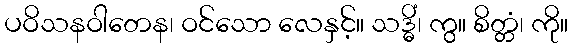
ပဝိသနဝါတေန၊ ဝင်သော လေနှင့်။ သဒ္ဓိံ၊ ကွ။ စိတ္တံ၊ ကို။